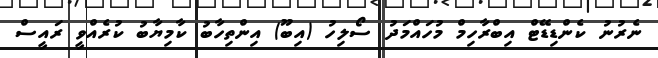
ނެރުނު ކެންޑިޑޭޓް އިބްރާހިމް މުހައްމަދު ސޯލިހު (އިބޫ) އިންތިހާބު ކާމިޔާބު ކުރެއްވީ ރައީސް